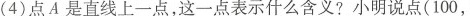
(4)点A是直线上一点，这一点表示什么含义?小明说点(100，